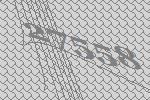
27558